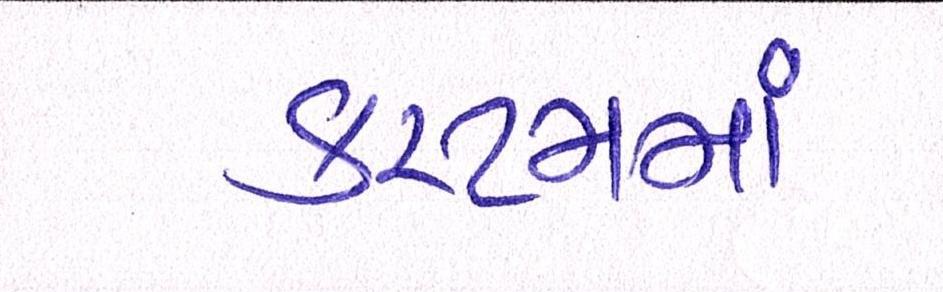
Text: કસ્ટમમાં